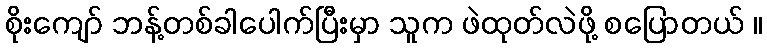
စိုးကျော် ဘန့်တစ်ခါပေါက်ပြီးမှာ သူက ဖဲထုတ်လဲဖို့ စပြောတယ် ။